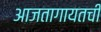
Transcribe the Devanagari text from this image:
आजतागायतची